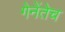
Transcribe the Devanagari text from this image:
गेनेंतेच